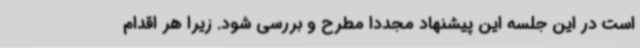
است در این جلسه این پیشنهاد مجددا مطرح و بررسی شود. زیرا هر اقدام